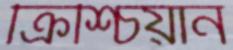
ক্রিশ্চিয়ান